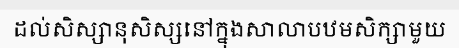
ដល់សិស្សានុសិស្សនៅក្នុងសាលាបឋមសិក្សាមួយ